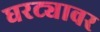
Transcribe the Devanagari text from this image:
घरट्यावर